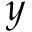
y